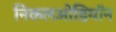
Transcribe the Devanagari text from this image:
निकलओडियॉन